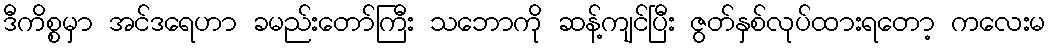
ဒီကိစ္စမှာ အင်ဒရေဟာ ခမည်းတော်ကြီး သဘောကို ဆန့်ကျင်ပြီး ဇွတ်နှစ်လုပ်ထားရတော့ ကလေးမ